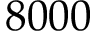
8 0 0 0